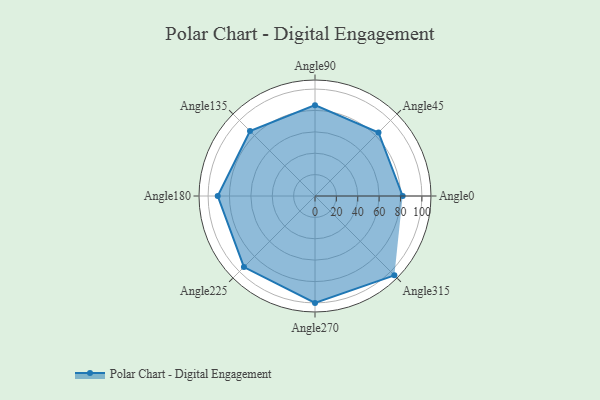
{"axis": {"x": "Angle", "y": "Radius"}, "legend": [""], "data": [{"x": "Angle0", "y": 82.0, "type": ""}, {"x": "Angle45", "y": 84.0, "type": ""}, {"x": "Angle90", "y": 85.0, "type": ""}, {"x": "Angle135", "y": 86.0, "type": ""}, {"x": "Angle180", "y": 91.0, "type": ""}, {"x": "Angle225", "y": 94.0, "type": ""}, {"x": "Angle270", "y": 100.0, "type": ""}, {"x": "Angle315", "y": 105.0, "type": ""}]}